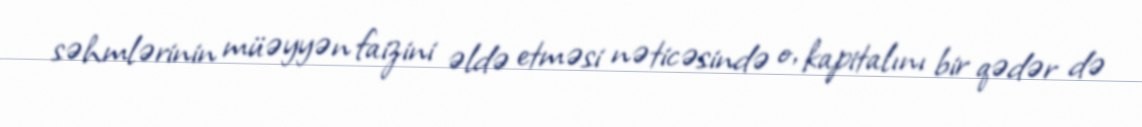
səhmlərinin müəyyən faizini əldə etməsi nəticəsində o, kapitalını bir qədər də